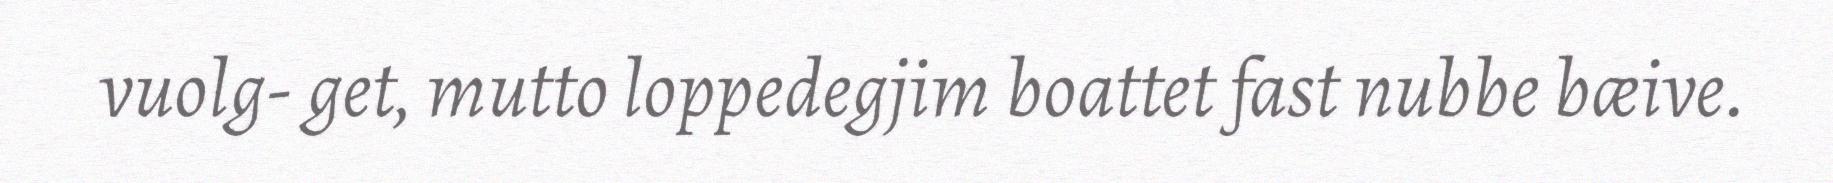
vuolg- get, mutto loppedegjim boattet fast nubbe bæive.